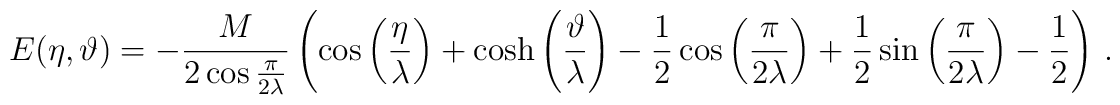
E(\eta ,\vartheta )=-\frac{M}{2\cos \frac{\pi }{2\lambda }}\left( \cos \left( \frac{\eta }{\lambda }\right) +\cosh \left( \frac{\vartheta }{\lambda }\right) -\frac{1}{2}\cos \left( \frac{\pi }{2\lambda }\right) +\frac{1}{2}\sin \left( \frac{\pi }{2\lambda }\right) -\frac{1}{2}\right)\,.